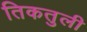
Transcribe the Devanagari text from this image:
तिकतुली